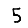
Digit: 5